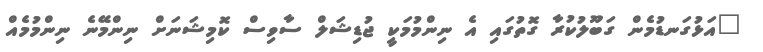
"އަޅުގަނޑުމެން ގަބޫލުކުރާ ގޮތުގައި އެ ނިންމުމަކީ ޖުޑިޝަލް ސާވިސް ކޮމިޝަނަށް ނިންމޭނެ ނިންމުމެއް